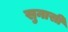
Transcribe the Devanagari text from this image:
सुनासी